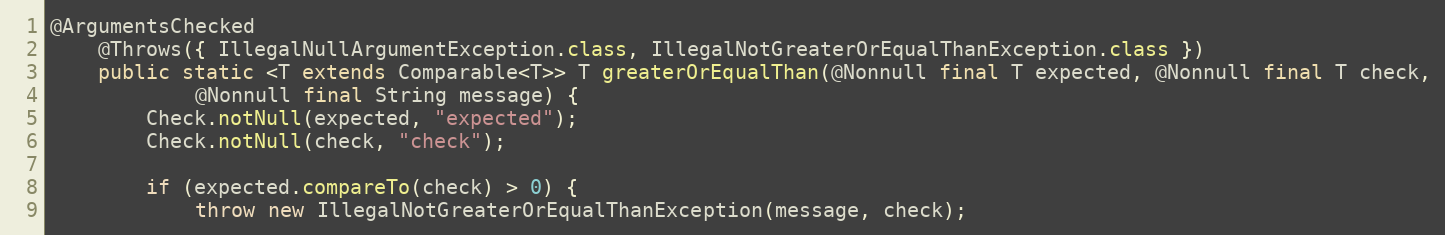
Language: Java
@ArgumentsChecked
	@Throws({ IllegalNullArgumentException.class, IllegalNotGreaterOrEqualThanException.class })
	public static <T extends Comparable<T>> T greaterOrEqualThan(@Nonnull final T expected, @Nonnull final T check,
			@Nonnull final String message) {
		Check.notNull(expected, "expected");
		Check.notNull(check, "check");

		if (expected.compareTo(check) > 0) {
			throw new IllegalNotGreaterOrEqualThanException(message, check);